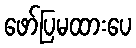
ဖော်ပြမထားပေ